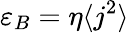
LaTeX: \varepsilon_{B}=\eta\langle j^{2}\rangle